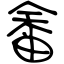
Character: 畬